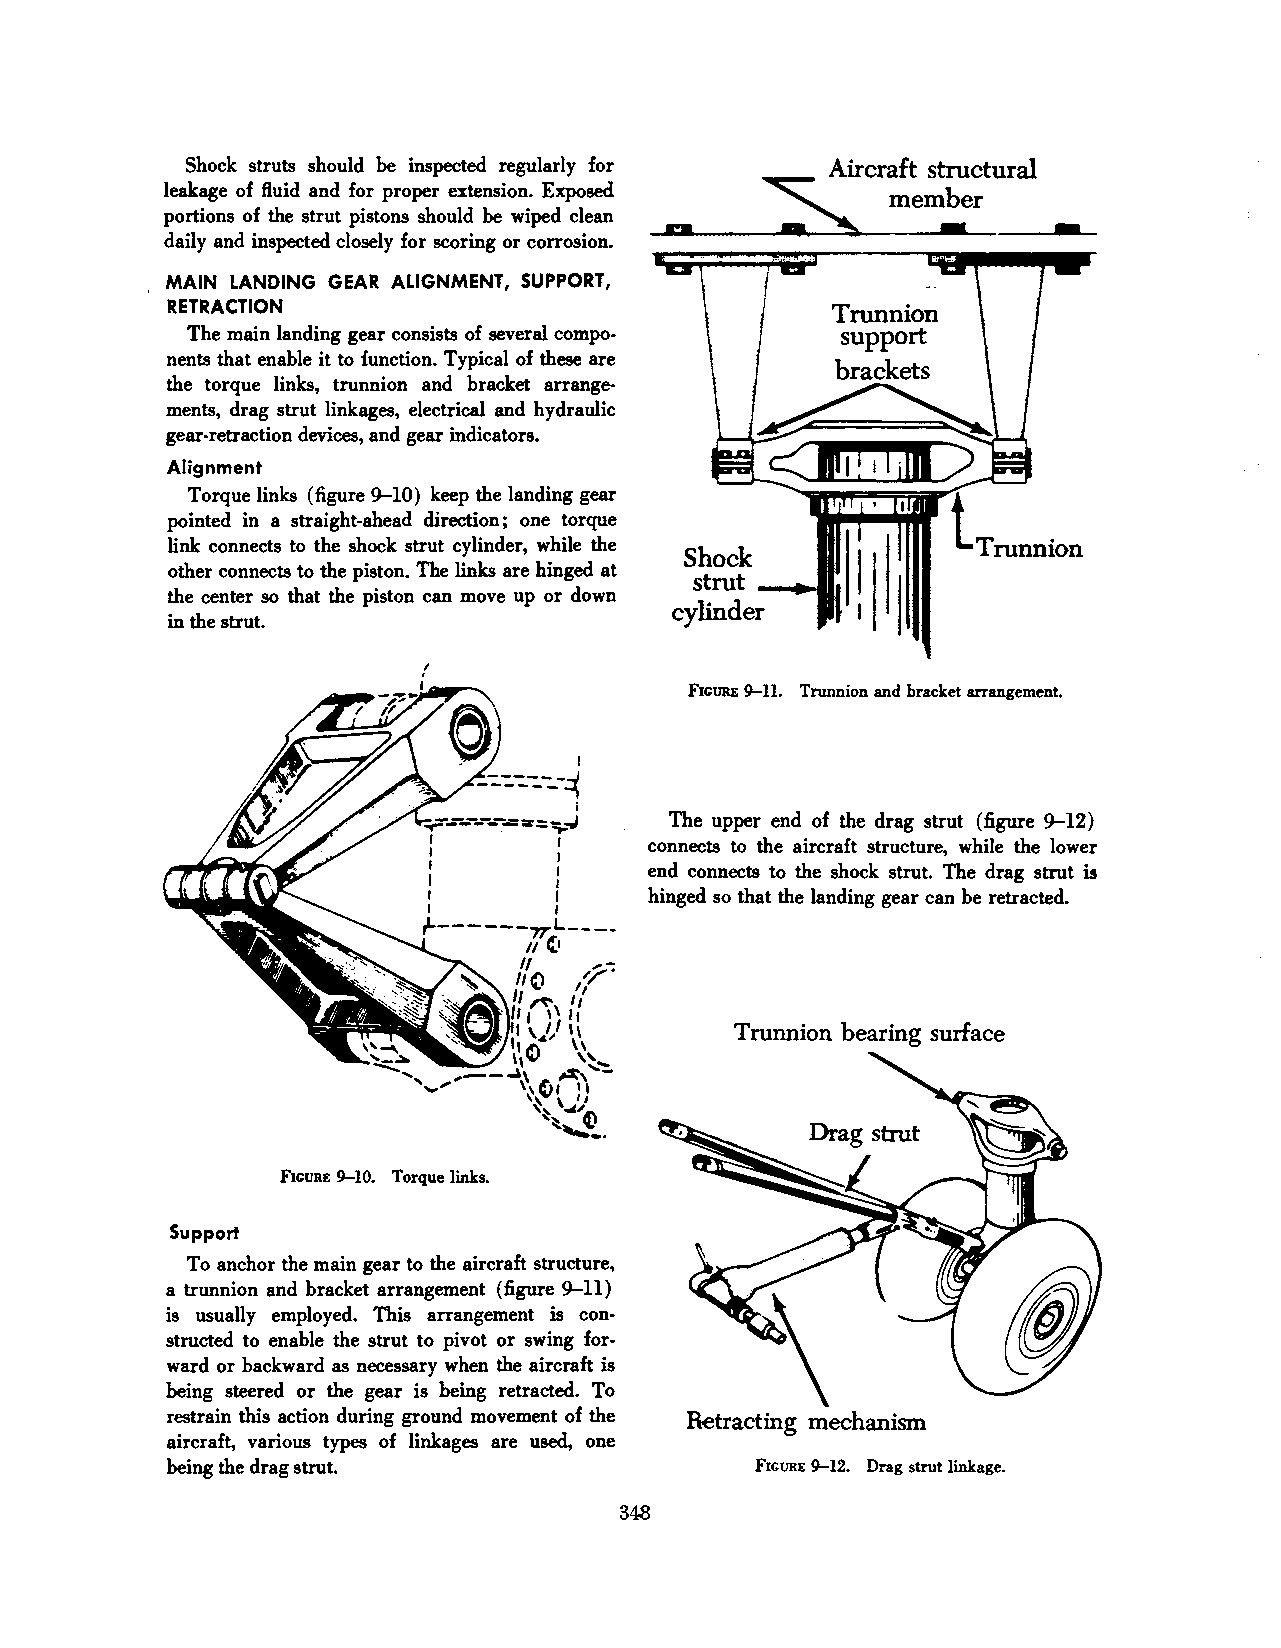
Shock struts should be inspected regularly for
 leakage of fluid and for proper extension. Exposed
 portions of the strut pistons should be wiped clean
 daily and inspected closely for scoring or corrosion.
 MAIN LANDING GEAR ALIGNMENT, SUPPORT,
 RETRACTION                                  Trunnion
 The main landing gear consists of several compo support
 nents that enable it to function. Typical of these are
 the torque links, trunnion and bracket arrange·
 ments, drag strut linkages, electrical and hydraulic
 gear-retraction devices, and gear indicators.
 Alignment
 Torque links (figure 9-10) keep the landing gear
 pointed in a straight-ahead direction; one torque
 link connects to the shock strut cylinder, while the
 other connects to the piston. The links are hinged at
 the center so that the piston can move up or down
 in the strut.
 I
 FiGURE 9-11. Trunnion and bracket arrangement.
 The upper end of the drag strut (figure 9-12)
 connects to the aircraft structure, while the lower
 end connects to the shock strut. The drag strut is
 hinged so that the landing gear can be retracted.
 Trunnion bearing surface
 FIGURE 9-10. Torque links.
 Support
 To anchor the main gear to the aircraft structure,
 a trunnion and bracket arrangement (figure 9-11)
 is usually employed. This arrangement is con·
 structed to enable the strut to pivot or swing for·
 ward or backward as necessary when the aircraft is
 being steered or the gear is being retracted. To
 restrain this action during ground movement of the Retracting mechanism
 aircraft, various types of linkages are used, one
 being the drag strut.                  FIGURE 9-12. Drag strut linkage.
 348